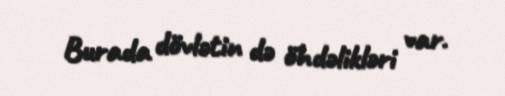
Burada dövlətin də öhdəlikləri var.